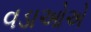
વડાઓએ